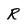
Character: R